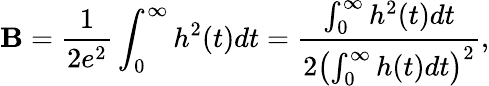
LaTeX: \mathbf{B}=\frac{{1}}{{2e^{2}}}\int_{0}^{\infty}h^{2}(t)dt=\frac{{\int_{0}^{\infty}h^{2}(t)dt}}{{2\left(\int_{0}^{\infty}h(t)dt\right)^{2}}},